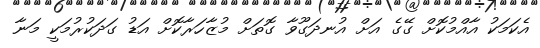
އެކަމަކު އާއްމުކޮށް ގޭގެ އަށް އުނދަގޫވާ ގޮތަށް މުޒާހަރާކޮށް އަޑު ގަދަކުރުމަކީ މަނާ